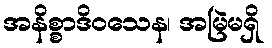
အနိစ္စာဒိဝသေန၊ အမြဲမရှိ